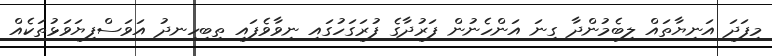
މިފަދަ އަނިޔާތައް ލިބެމުންދާ ގިނަ އަންހެނުން ފަރުދާގެ ފުރަގަހުގައި ނިވާވެފައި ތިބިހިނދު އަވަސްފިޔަވަޅުތަކެއް